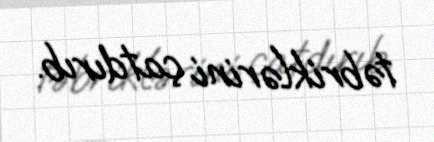
təbriklərini çatdırıb.